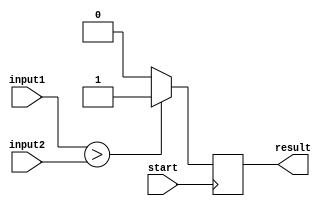
module greater_than_comparator (
    input [7:0] input1,
    input [7:0] input2,
    input start,
    output reg result
);

always @ (posedge start)
begin
    if (input1 > input2)
        result <= 1;
    else
        result <= 0;
end

endmodule